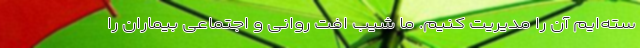
سته‌‌ایم آن را مدیریت کنیم. ما شیب افت روانی و اجتماعی بیماران را